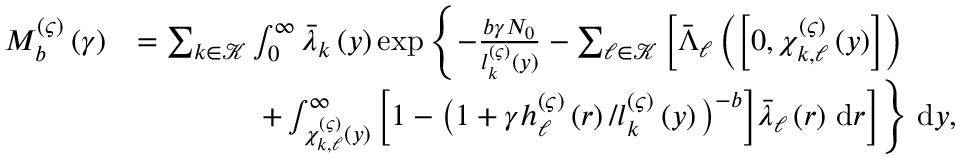
\begin{array} { r l } { M _ { b } ^ { \left( \varsigma \right) } \left( \gamma \right) } & { = \sum _ { k \in \mathcal { K } } \int _ { 0 } ^ { \infty } \bar { \lambda } _ { k } \left( y \right) \exp \left\{ - \frac { b \gamma N _ { 0 } } { l _ { k } ^ { \left( \varsigma \right) } \left( y \right) } - \sum _ { \ell \in \mathcal { K } } \bigg [ \bar { \Lambda } _ { \ell } \left( \left[ 0 , \chi _ { k , \ell } ^ { \left( \varsigma \right) } \left( y \right) \right] \right) \right. } \\ & { \qquad \qquad \left. + \int _ { \chi _ { k , \ell } ^ { \left( \varsigma \right) } \left( y \right) } ^ { \infty } { \Big [ 1 - \big ( 1 + \gamma h _ { \ell } ^ { \left( \varsigma \right) } \left( r \right) / l _ { k } ^ { \left( \varsigma \right) } \left( y \right) \big ) ^ { - b } \Big ] \bar { \lambda } _ { \ell } \left( r \right) \, \mathrm { d } r } \bigg ] \right\} \, \mathrm { d } y , } \end{array}